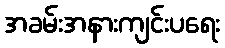
အခမ်းအနားကျင်းပရေး